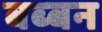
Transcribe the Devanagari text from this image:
बब्‍बन